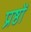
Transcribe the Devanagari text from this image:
प्रष्ठों